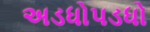
અડધોપડધો